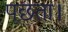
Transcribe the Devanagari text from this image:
पूछता।